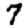
Digit: 7